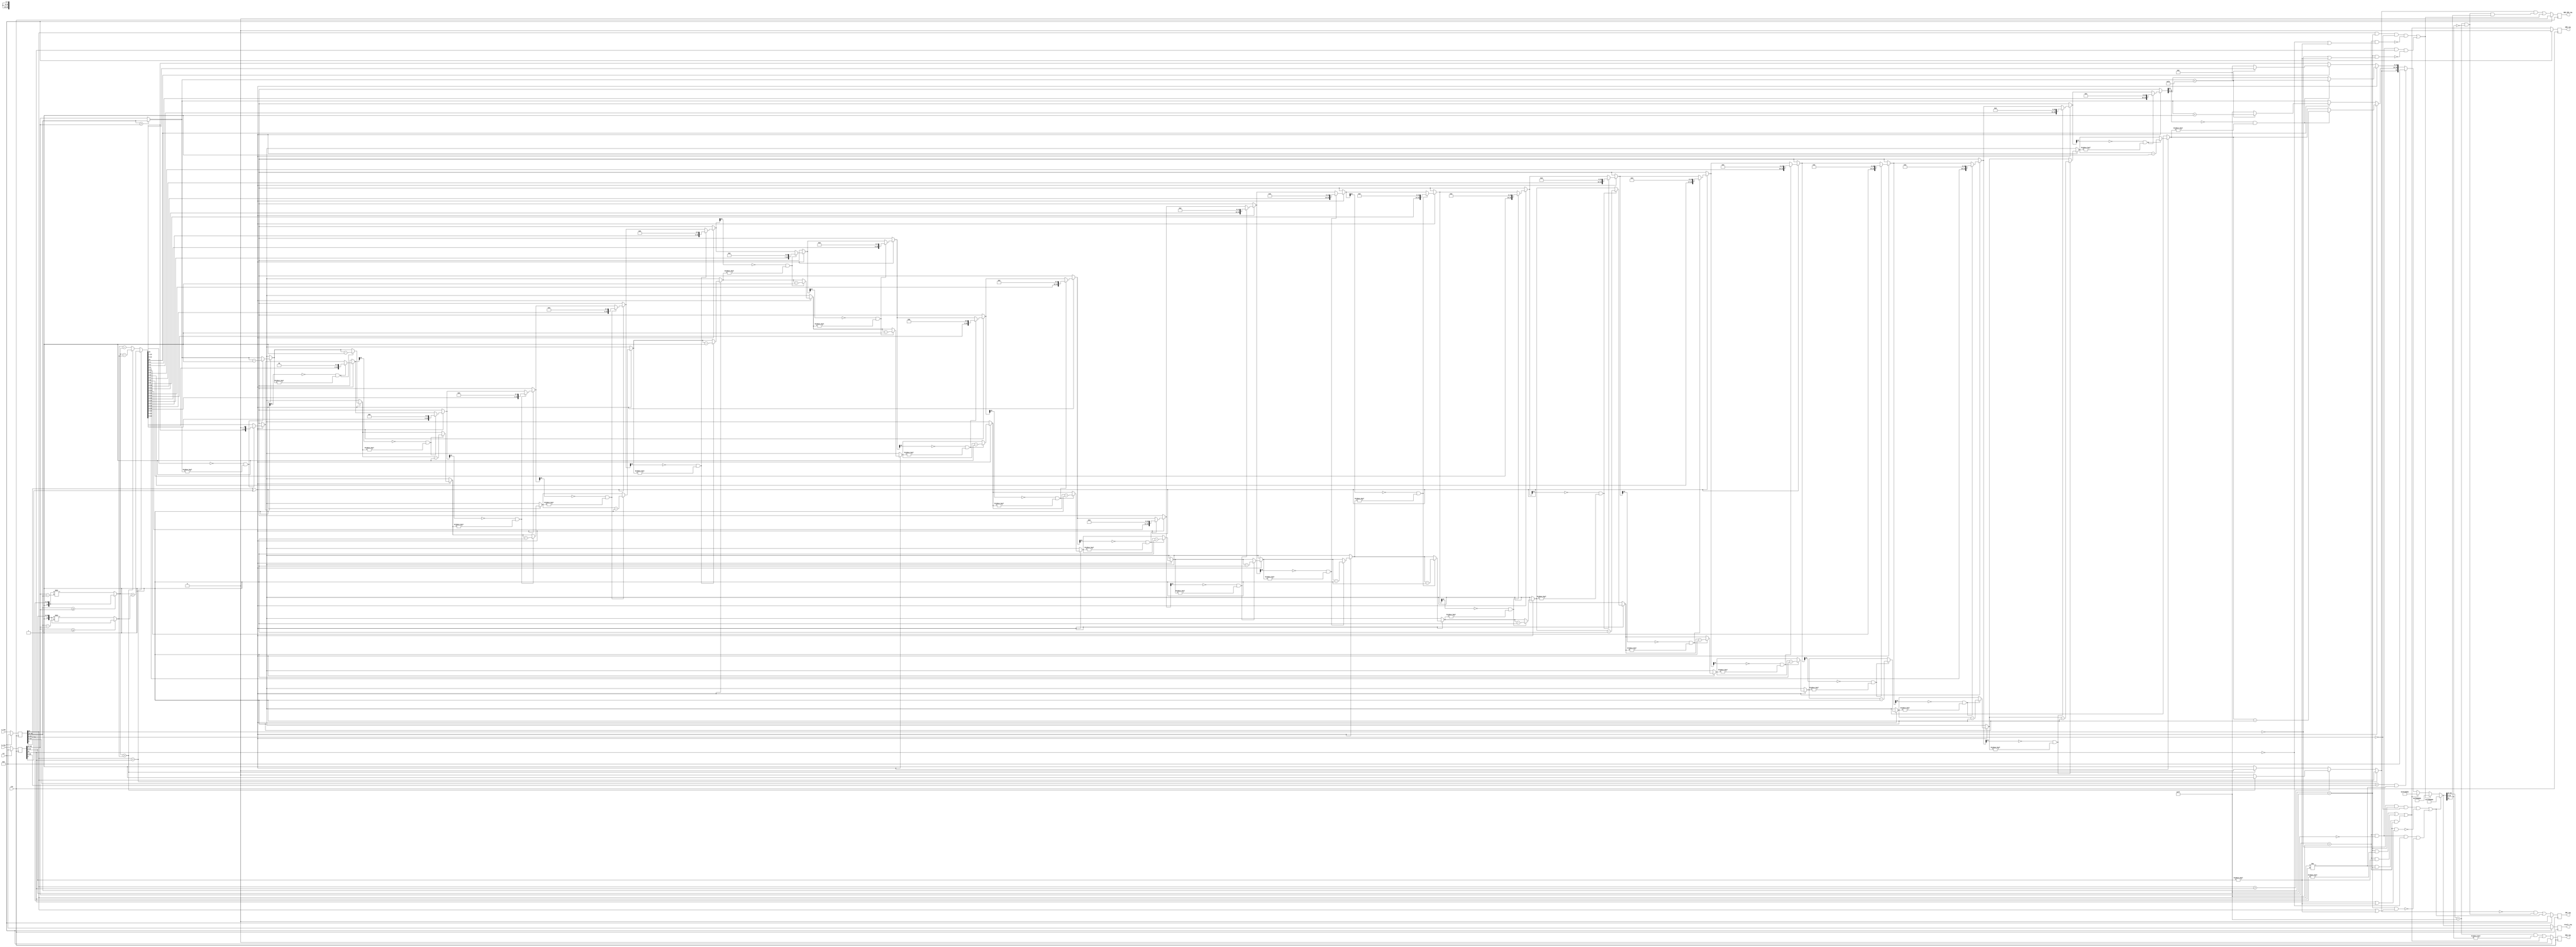
module floating_point_adder (
    input wire clk,
    input wire rst,
    input wire [31:0] a_reg,
    input wire [31:0] b_reg,
    output reg [31:0] result_reg,
    output reg INF_reg,
    output reg NEG_INF_reg,
    output reg NAN_reg,
    output reg ERR_reg
);

    reg [31:0] a;
    reg [31:0] b;
    wire [31:0] result;    
    wire INF;
    wire NEG_INF;
    wire NAN;
    wire ERR;
    	


   always @(posedge clk) begin
    if (rst) a <= 'b0;
    else a <= a_reg;
  end

    always @(posedge clk) begin
    if (rst) b <= 'b0;
    else b <= b_reg;
  end

    always @(posedge clk) begin
    if (rst) result_reg <= 'b0;
    else result_reg <= result;
  end
    always @(posedge clk) begin
    if (rst) INF_reg <= 'b0;
    else INF_reg <= INF;
  end  always @(posedge clk) begin
    if (rst) NEG_INF_reg <= 'b0;
    else NEG_INF_reg <= NEG_INF;
  end  always @(posedge clk) begin
    if (rst) NAN_reg <= 'b0;
    else NAN_reg <= NAN;
  end  always @(posedge clk) begin
    if (rst) ERR_reg <= 'b0;
    else ERR_reg <= ERR;
  end   


  wire [23:0] a_mantissa;
  wire [23:0] b_mantissa;
  wire [7:0] exponent;
  reg [7:0] exponent_added;
  wire [24:0] tmp_mantessa;
  wire out_sign;
  reg [22:0] result_mantissa;
  wire input_inf;
  wire input_neg_inf;
  // concatenate the mantissa to be in the form 1.xxxxx and shift with the maximum exponent difference
  assign a_mantissa = (a[30:23] >= b[30:23]) ? {1'b1,a[22:0]} : {1'b1,a[22:0]} >> (b[30:23] - a[30:23]);
  assign b_mantissa = (b[30:23] >= a[30:23]) ? {1'b1,b[22:0]} : {1'b1,b[22:0]} >> (a[30:23] - b[30:23]);

  // assign the exponent to the maximum of the two
  assign exponent = (a[30:23] > b[30:23]) ? a[30:23] : b[30:23];
  // calculating mantissa intermediate value
  assign tmp_mantessa = (a[31] == b[31]) ? a_mantissa[23:0] + b_mantissa[23:0] : (a_mantissa > b_mantissa)? (a_mantissa-b_mantissa) : (b_mantissa-a_mantissa);
  // getting the sign of the result
  assign out_sign = (a[31] == b[31]) ? a[31] : (a[31]>b[31]) ? ((a_mantissa>b_mantissa)? 1'b1 : 1'b0) : ((a_mantissa>b_mantissa)? 1'b0 : 1'b1);
  // normalizing the result

  wire direction;
  assign direction = a ^ b;

  reg [23:0] intermediate;
  reg neg_inf;
  integer i;

  always @(*) begin

    intermediate   = tmp_mantessa[23:0];
    exponent_added = exponent;
    if (direction == 1) begin
      for (i = 1; i <= 23; i = i + 1) begin
        // handling result_mantissa numbers
        if (intermediate[23] != 1 && exponent_added != 0) begin
          intermediate   = tmp_mantessa[23:0] << i;
          exponent_added = exponent_added - 1;
        end
      end
    end else begin
      if (tmp_mantessa[24] == 1) begin
        intermediate = tmp_mantessa[23:1];

        // handling +/- infinity 
        if (exponent_added < 8'b11111110) begin
          exponent_added = exponent + 1;
        end else begin
          exponent_added = 8'b11111111;
          intermediate   = 23'b00000000000000000000000;
        end
      end else begin
        exponent_added = exponent;
        intermediate   = tmp_mantessa[22:0];
      end
    end
    result_mantissa = intermediate[22:0];

  end


  assign NAN= (result[30:23]==8'b11111111 && result[22:0]!=23'b00000000000000000000000)||(ERR);

  assign INF= ((out_sign==0)&&(result[30:23] == 8'b11111111 && result[22:0] == 23'b00000000000000000000000))|| input_inf;

  assign input_inf=(a[31]==0&&a[30:23] == 8'b11111111 && a[22:0] == 23'b00000000000000000000000 && ! (b[30:23]==8'b11111111 && (b[31]==1||b[22:0]!=0)))
    ||(b[30:23] == 8'b11111111 && b[22:0] == 23'b00000000000000000000000 && b[31]==0 && ! (a[30:23]==8'b11111111&&(a[31]==1||b[22:0]!=0)));

  assign NEG_INF= ((out_sign==1)&&((result[30:23] == 8'b11111111 && result[22:0] == 23'b00000000000000000000000 && result[31] == 1'b1)))|| input_neg_inf;

  assign input_neg_inf= (a[31]==1&&a[30:23] == 8'b11111111 && a[22:0] == 23'b0000000000000000000 && ! (b[30:23]==8'b11111111 && (b[31]==0||b[22:0]!=0)))
   ||(b[30:23] == 8'b11111111 && b[22:0] == 23'b00000000000000000000000 && b[31]==1 && ! (a[30:23]==8'b11111111&&(a[31]==0||b[22:0]!=0)));

  assign ERR= (a[30:23] == 8'b11111111 &&a[22:0]!=23'b00000000000000000000000) || (b[30:23] == 8'b11111111&& b[22:0]!=23'b00000000000000000000000)||(a[31]!=b[31]&&a[30:23]==8'b11111111&&b[30:23]==8'b11111111);

  // assigning the result and handling zero

  assign result =(input_inf)?32'b01111111100000000000000000000000:(input_neg_inf)?32'b11111111100000000000000000000000:(ERR)?32'b01111111110000000000000000000001:
    (a[30:0]==b[30:0] && a[31] != b[31])? 32'h00000000:({out_sign, exponent_added, result_mantissa});

endmodule  //floating_point